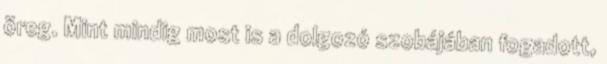
öreg. Mint mindig most is a dolgozó szobájában fogadott,